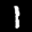
Label: 1